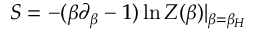
S = - ( \beta \partial _ { \beta } - 1 ) \ln Z ( \beta ) | _ { \beta = \beta _ { H } }